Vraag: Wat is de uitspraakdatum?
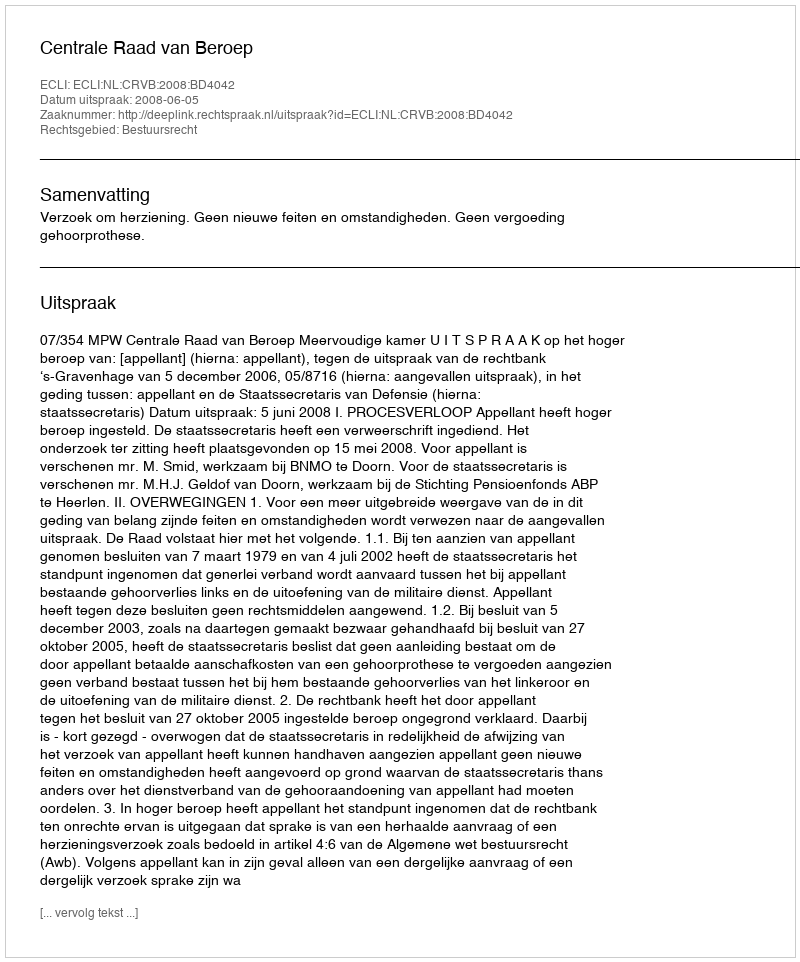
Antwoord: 2008-06-05